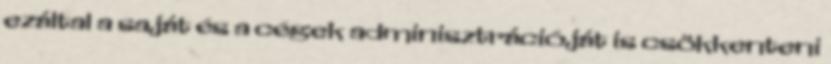
ezáltal a saját és a cégek adminisztrációját is csökkenteni